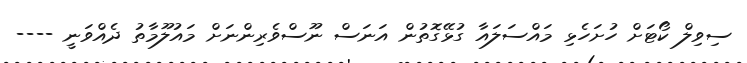
ސިވިލް ކޯޓަށް ހުށަހެޅި މައްސަލައާ ގުޅޭގޮތުން އަނަސް ނޫސްވެރިންނަށް މައުލޫމާތު ދެއްވަނީ ----